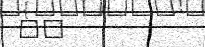
٨٩